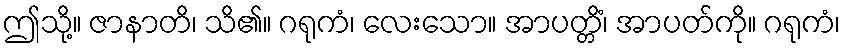
ဤသို့။ ဇာနာတိ၊ သိ၏။ ဂရုကံ၊ လေးသော။ အာပတ္တိံ၊ အာပတ်ကို။ ဂရုကံ၊